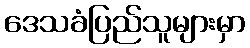
ဒေသခံပြည်သူများမှာ